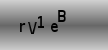
Text: rV1eB